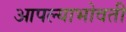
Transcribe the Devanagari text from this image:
आपल्याभोवती